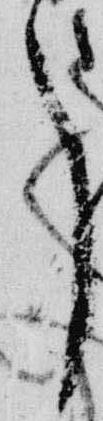
了